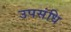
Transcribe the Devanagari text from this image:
उपसंधि